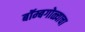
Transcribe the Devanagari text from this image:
बॉम्बगोळ्याचा